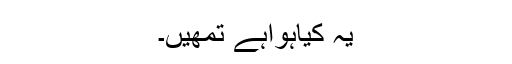
یہ کیاہواہے تمھیں۔